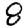
Digit: 8